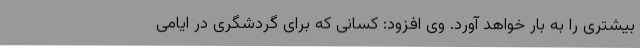
بیشتری را به بار خواهد آورد. وی افزود: کسانی که برای گردشگری در ایامی